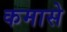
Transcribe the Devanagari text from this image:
कमासे